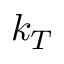
k _ { T }